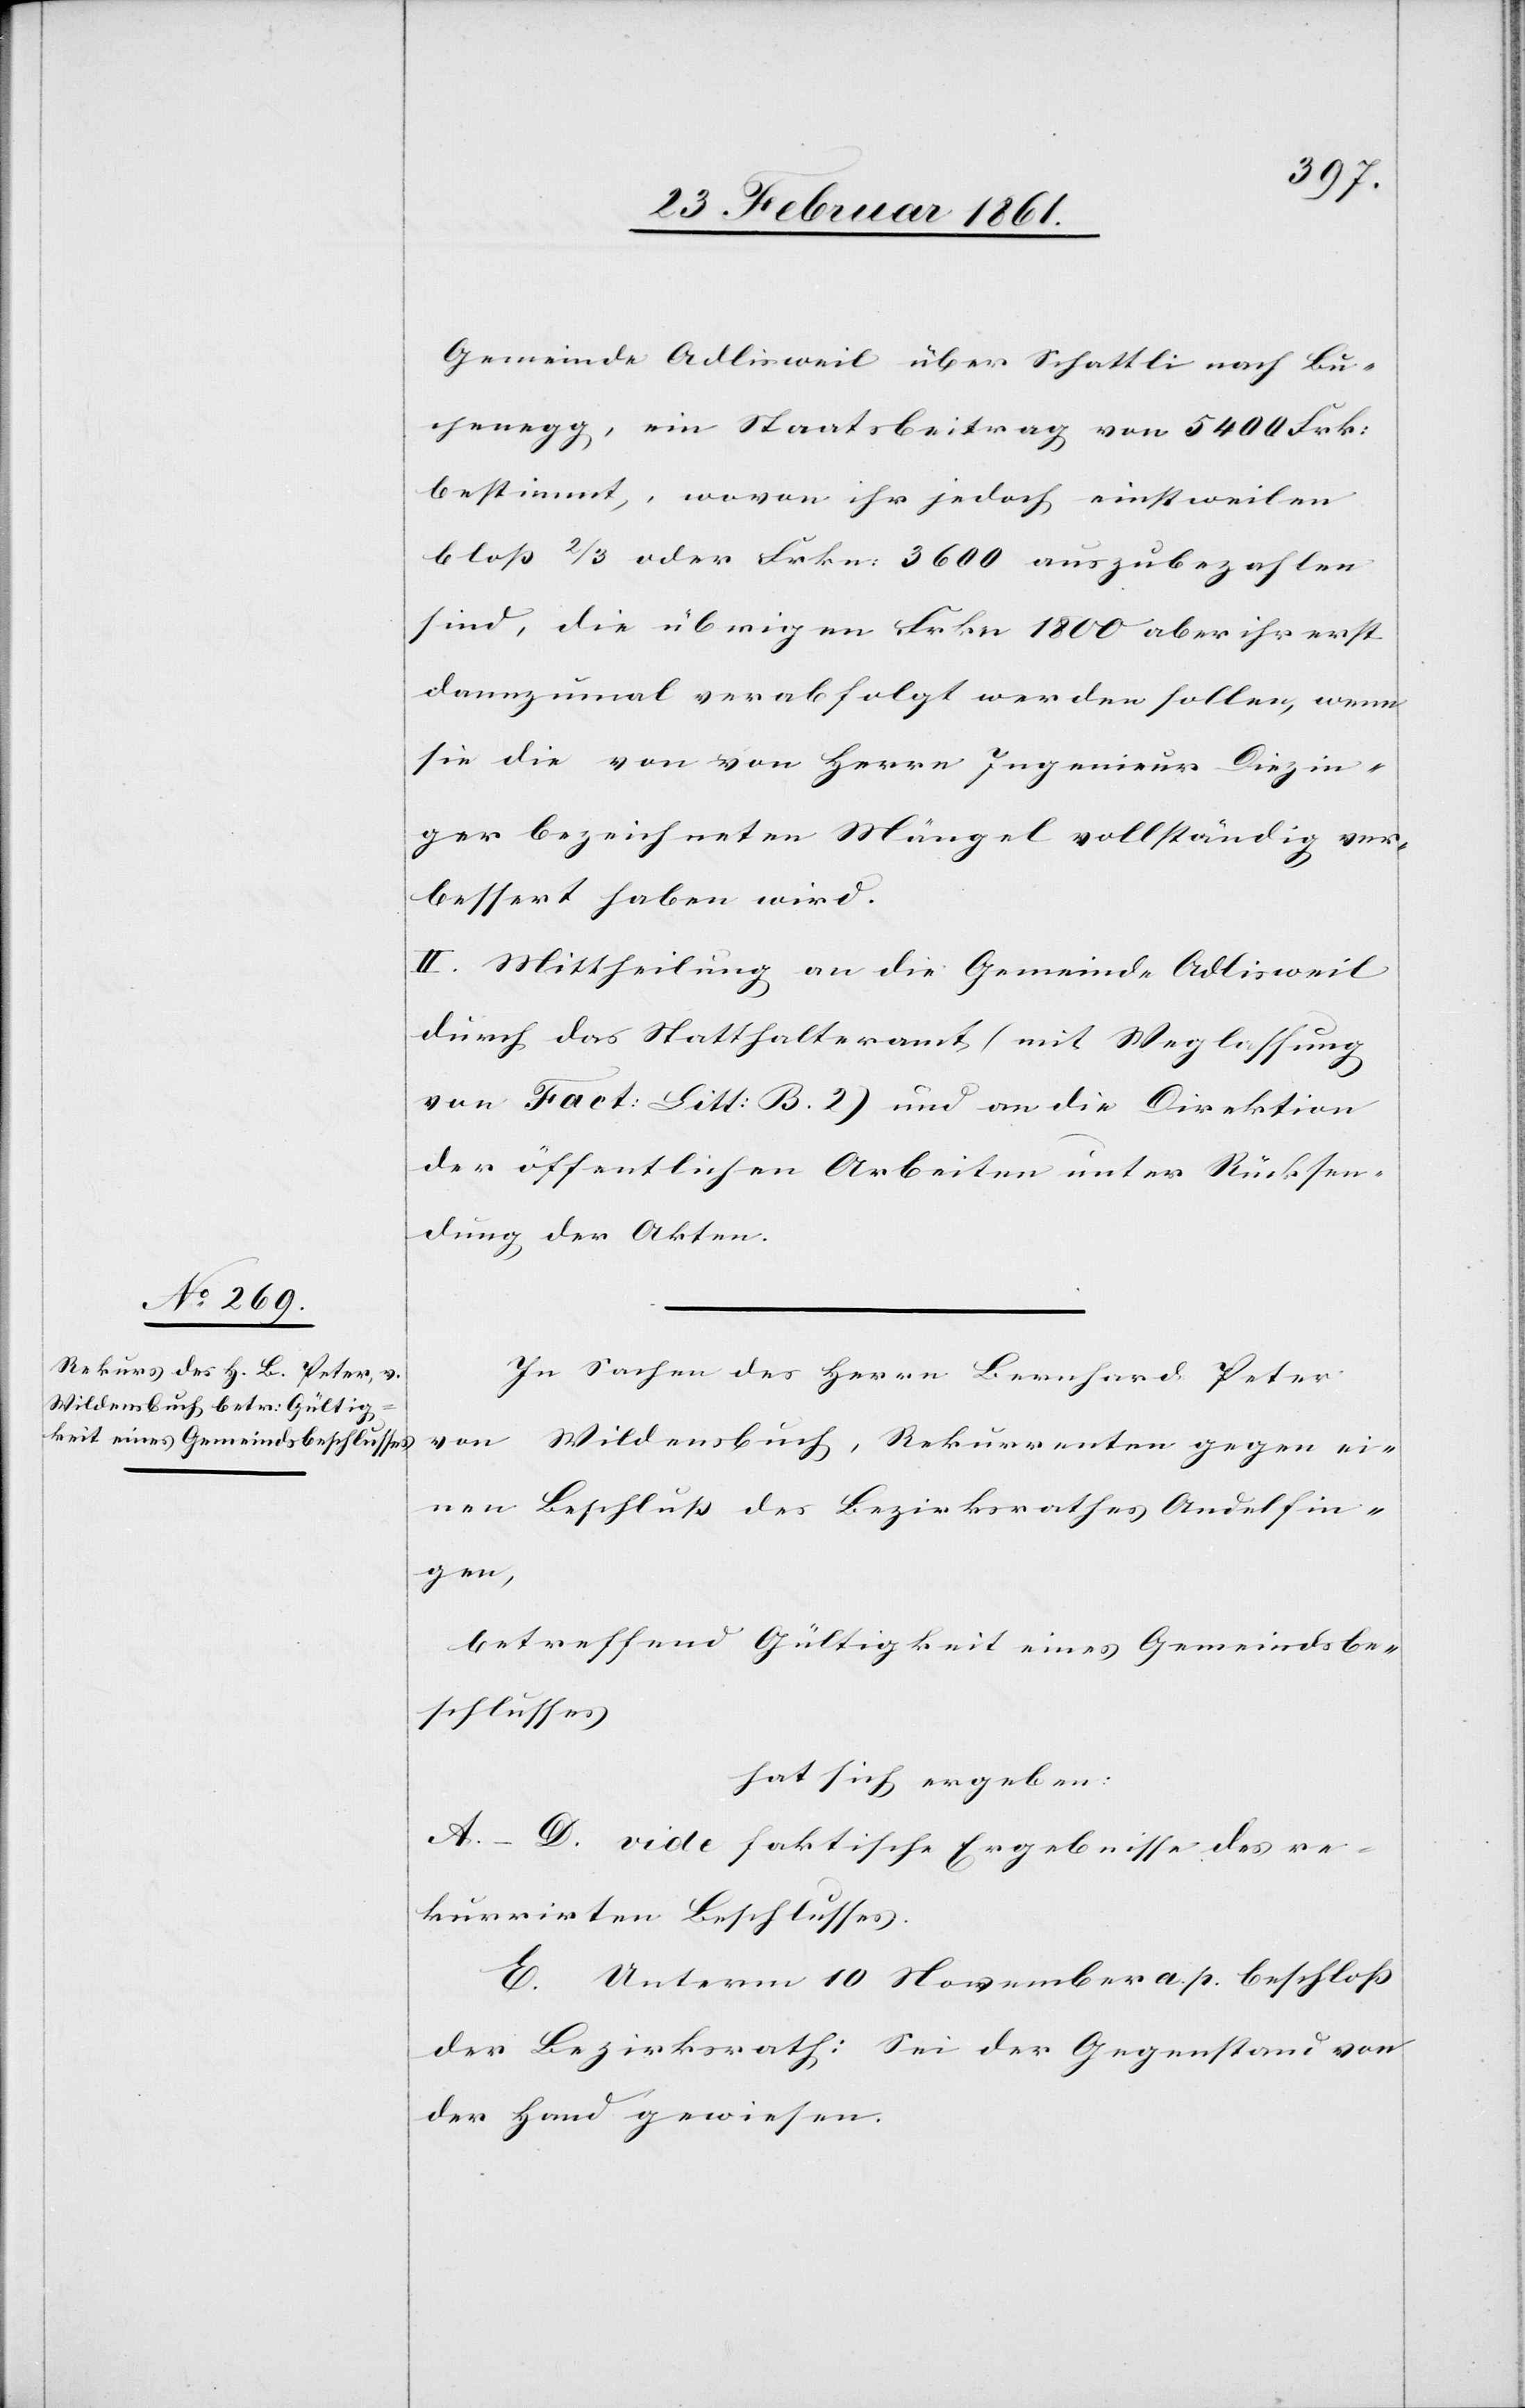
Gemeinde Adlisweil über Schattli nach Bu¬
chenegg, ein Staatsbeitrag von 5400 Frk.
bestimmt, wovon ihr jedoch einstweilen
bloss 2/3 oder Frkn. 3600 auszubezahlen
sind, die übrigen Frkn. 1800 aber ihr erst
dannzumal verabfolgt werden sollen, wenn
sie die von von [sic!] Herrn Ingenieur Diezin¬
ger bezeichneten Mängel vollständig ver¬
bessert haben wird.
II. Mittheilung an die Gemeine Adlisweil
durch das Statthalteramt (mit Weglassung
von Fact: Litt. B. 2) und an die Direktion
der öffentlichen Arbeiten unter Rücksen¬
dung der Akten.
In Sachen des Herrn Bernhard Peter
von Wildensbuch, Rekurrenten gegen ei¬
nen Beschluss des Bezirksrathes Andelfin¬
gen,
betreffend Gültigkeit eines Gemeindsbe¬
schlusses
hat sich ergeben:
A–D. vide faktische Ergebnisse des re¬
kurrirten Beschlusses.
E. Unterm 10. November a. p. beschloss
der Bezirksrath: Sei der Gegenstand von
der Hand gewiesen.